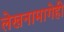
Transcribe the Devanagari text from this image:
लेखनामागेही